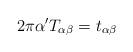
LaTeX: \begin{align*}2 \pi \alpha^{\prime} T_{\alpha \beta} = t_{\alpha \beta}\end{align*}